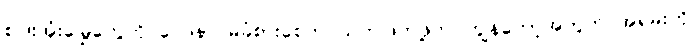
စပါးအုံးမြွေတွေကို ဝေဒနာ မခံစားစေဘဲ သတ်ဖြတ်ဖို့က ကျွန်တော့်အတွက် အရမ်းကို